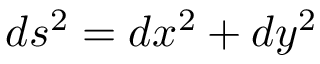
d s ^ { 2 } = d x ^ { 2 } + d y ^ { 2 }